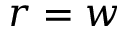
r = w